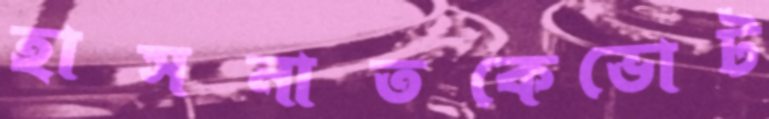
হাসনাতকেভোট